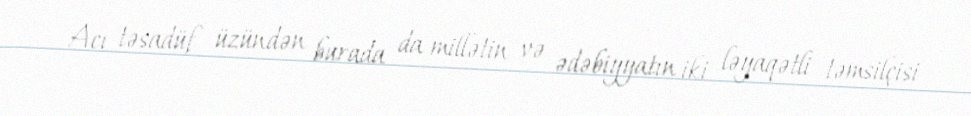
Acı təsadüf üzündən burada da millətin və ədəbiyyatın iki ləyaqətli təmsilçisi